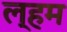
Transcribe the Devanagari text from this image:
ल्हम